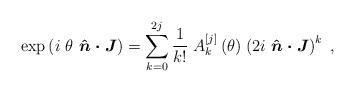
LaTeX: \begin{align*}\exp\left( i~\theta~\boldsymbol{\hat{n}\cdot J}\right) =\sum_{k=0}^{2j}\frac{1}{k!}\left. A_{k}^{\left[ j\right] }\left( \theta\right) \right.\left( 2i~\boldsymbol{\hat{n}\cdot J}\right) ^{k}~, \end{align*}